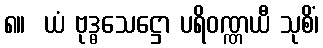
၈။  ယံ ဗုဒ္ဓသေဋ္ဌော ပရိဝဏ္ဏယီ သုစိံ၊